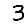
Digit: 3